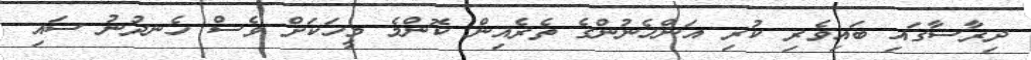
ދިރާސާގައި ބައިވެރި ކުރި އަންހެނުންގެ ތެރެއިން ކޮންމެ މީހަކަށް ވެސް ހެނދުނު ސައި